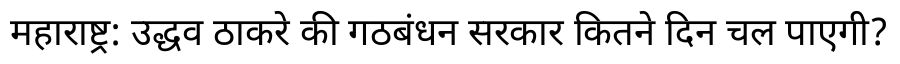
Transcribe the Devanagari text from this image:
महाराष्ट्र: उद्धव ठाकरे की गठबंधन सरकार कितने दिन चल पाएगी?